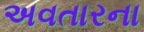
અવતારના